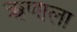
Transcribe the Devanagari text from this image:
ऋणाला